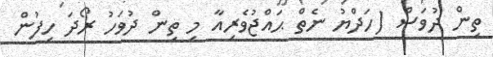
ތިން ދުވަސް (ހަދްޔު ނެތް ޙައްޖުވެރިއާ މި ތިން ދުވަހު ރޯދަ ހިފުން